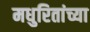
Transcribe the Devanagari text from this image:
मधुरितांच्या